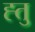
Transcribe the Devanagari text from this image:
ह्तु